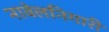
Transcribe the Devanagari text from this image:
नावेलनिगारी